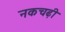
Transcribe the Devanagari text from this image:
नकचढ़ी